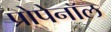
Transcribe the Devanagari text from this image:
प्रोपेनॉल